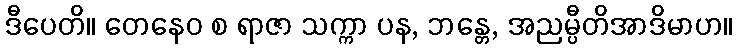
ဒီပေတိ။ တေနေဝ စ ရာဇာ သက္ကာ ပန, ဘန္တေ, အညမ္ပီတိအာဒိမာဟ။